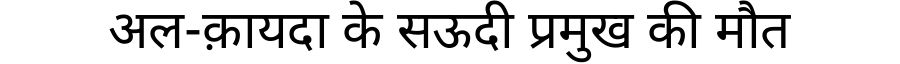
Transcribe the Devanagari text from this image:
अल-क़ायदा के सऊदी प्रमुख की मौत